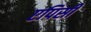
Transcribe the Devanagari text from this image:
एपिसी